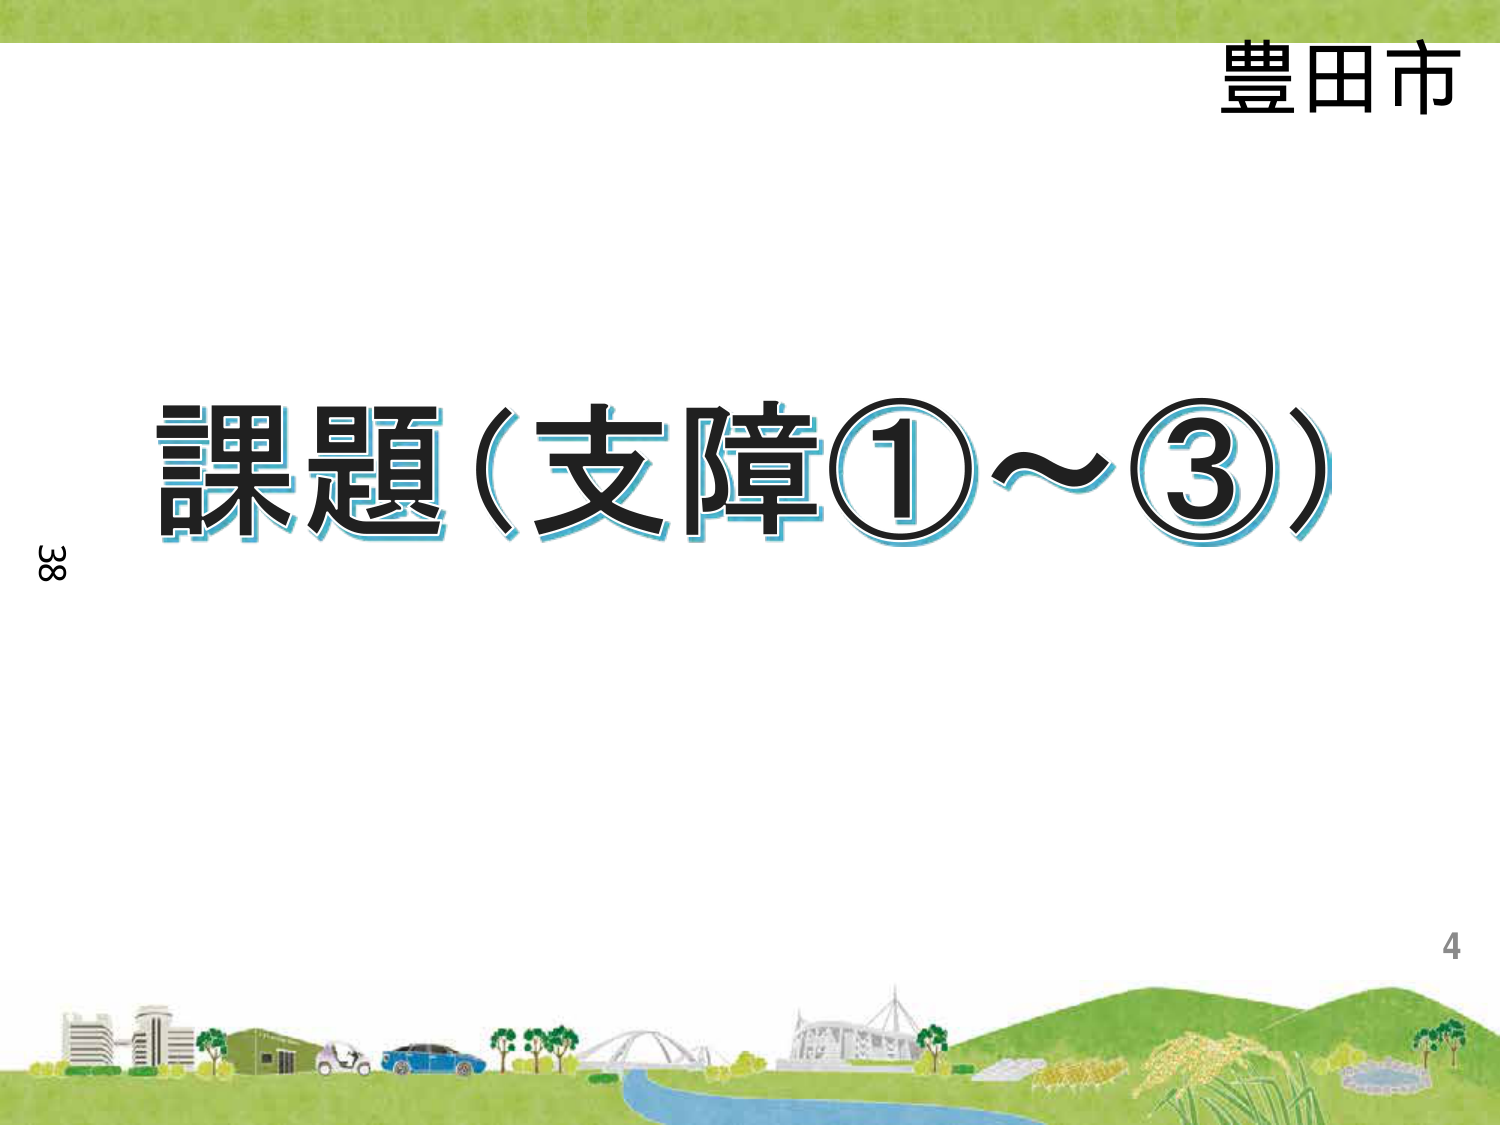
豊田市
課題（支障①～③）
38
4